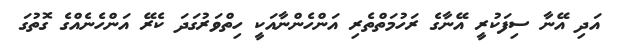
އަދި އޭނާ ސިފަކުރީ އޭނާގެ ރަހުމަތްތެރި އަންހެންނާއަކީ ހިތްވަރުގަދަ ކެރޭ އަންހެނެއްގެ ގޮތުގަ